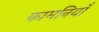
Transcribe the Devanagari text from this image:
कामनियाँ